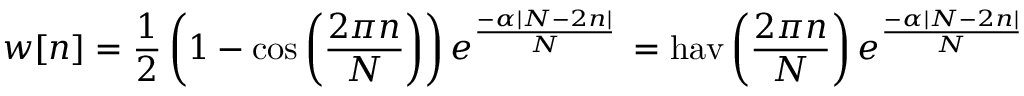
w [ n ] = { \frac { 1 } { 2 } } \left( 1 - \cos \left( { \frac { 2 \pi n } { N } } \right) \right) e ^ { \frac { - \alpha \left| N - 2 n \right| } { N } } \, = \operatorname { h a v } \left( { \frac { 2 \pi n } { N } } \right) e ^ { \frac { - \alpha \left| N - 2 n \right| } { N } }